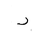
Letter: _dal